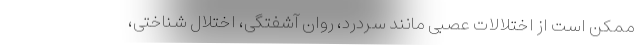
ممکن است از اختلالات عصبی مانند سردرد، روان آشفتگی، اختلال شناختی،